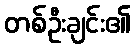
တစ်ဦးချင်း၏